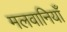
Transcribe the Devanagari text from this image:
मलवानियाँ